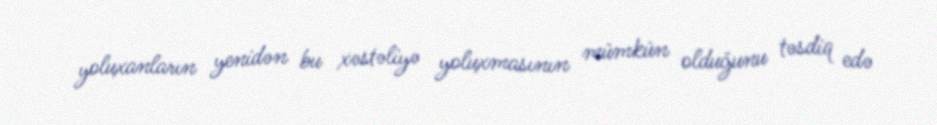
yoluxanların yenidən bu xəstəliyə yoluxmasının mümkün olduğunu təsdiq edə